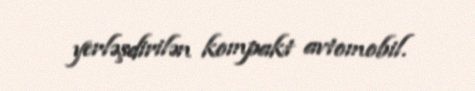
yerləşdirilən kompakt avtomobil.